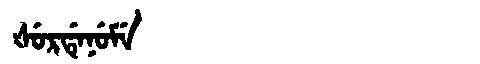
Manchu: ᡧᡠᡵᡩᡝᠨᡠᠮᡝ
Romanization: ŠURDENUME